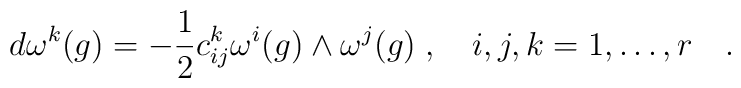
d\omega^k(g)=-\frac{1}{2}c_{ij}^k \omega^i(g) \wedge \omega^j(g)\; , \quad i,j,k=1,\ldots,r \quad .